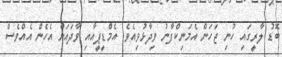
ބޮޑު ލާރީގައި ހުނި ޖަހަން އެމަނިކްފާނު ވިދާޅުވިއެވެ. އެމްޑީޕީއާއި ވާދައަށް އެހެން އެއްވެސް